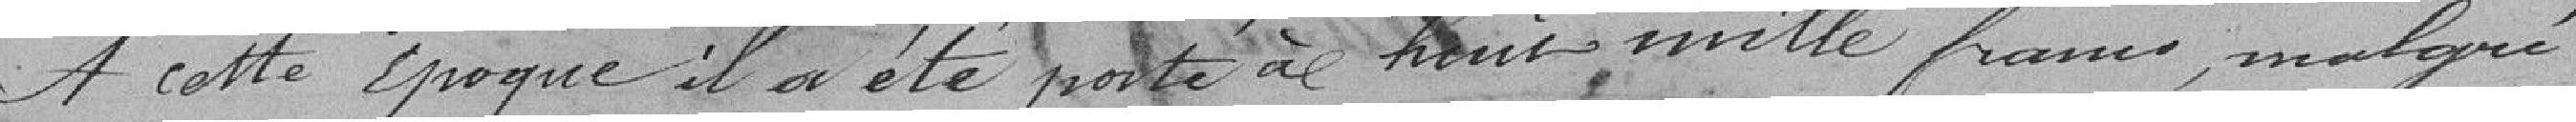
A cette époque, il a été porté à huit mille francs, malgré